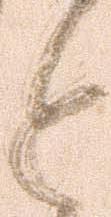
と